Newspaper: The comet. [volume]
Place of publication: Jackson, Miss.
Publisher: F.T. Cooper
Date: 1880-11-13 00:00:00
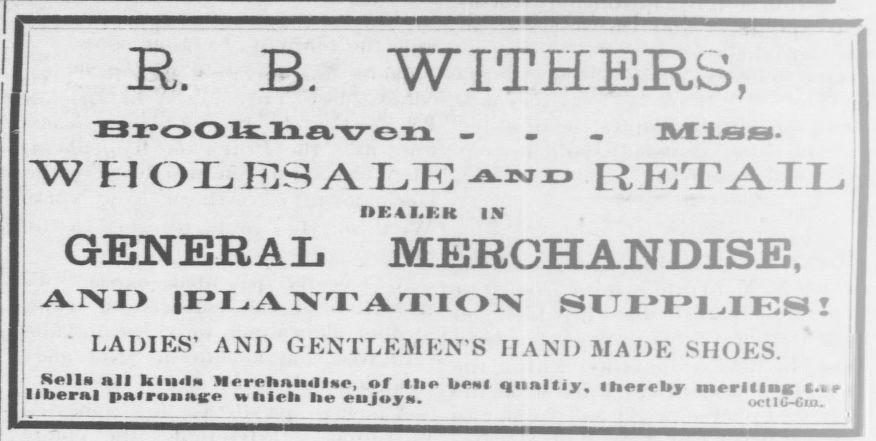
Advertisement text (OCR):
I R. B. WITHERS, BroOhaven ... Miss. WHOLRSALEand retail IIEtldiK IN GENERAL MERCHANDISE, AND IPIANTATION SITPPIJES! LADIES' AND GENTLEMEN'S HAND MADE SHOES. Sell) all kf ii.Im MereltaiMllMr, of tlie benl qunltiy. thereby merlllua t.i e liberal palrounice ttliieh lie euJoyM. ","cin
Label: text-only